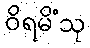
ဝိရမိံသု